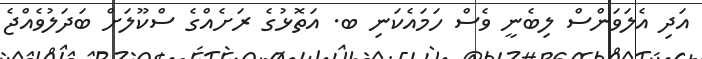
އަދި އެލަވަންސް ލިބެނީ ވެސް ހަމައެކަނި ބ. އަތޮޅުގެ ރަށެއްގެ ސްކޫލަށް ބަދަލުވެއްޖެ